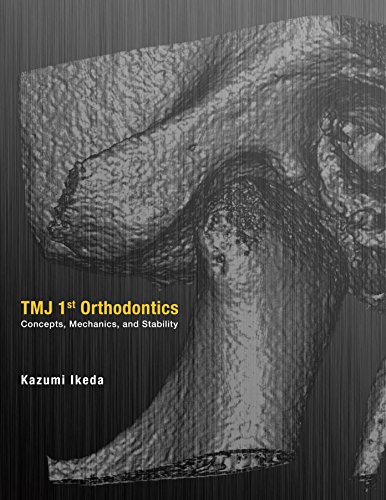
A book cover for TMJ 1st Orthodontics Concepts, Mechanics, and Stability; Kazumi Ikeda DDS; Medical Books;